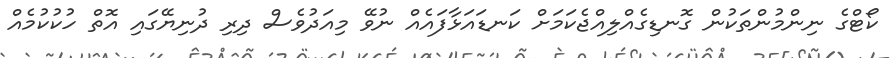
ކޯޓްގެ ނިންމުންތަކުން ގޮނޑިގެއްލިއްޖެކަމަށް ކަނޑައަޅާފައެއް ނުވޭ މިއަދުވެސް ދިރި ދުނިޔޭގައި އޮތް ހުކުކުމެއް